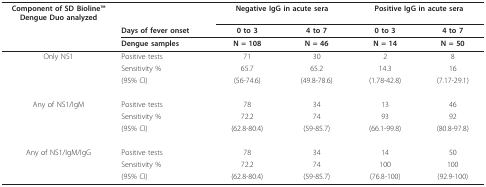
<table><thead><tr><td><b>Component of SD BiolineTM Dengue Duo analyzed</b></td><td></td><td colspan="2"><b>Negative IgG in acute sera</b></td><td colspan="2"><b>Positive IgG in acute sera</b></td></tr><tr><td></td><td><b>Days of fever onset</b></td><td><b>0 to 3</b></td><td><b>4 to 7</b></td><td><b>0 to 3</b></td><td><b>4 to 7</b></td></tr><tr><td></td><td><b>Dengue samples</b></td><td><b>N = 108</b></td><td><b>N = 46</b></td><td><b>N = 14</b></td><td><b>N = 50</b></td></tr></thead><tbody><tr><td>Only NS1</td><td>Positive tests</td><td>71</td><td>30</td><td>2</td><td>8</td></tr><tr><td></td><td>Sensitivity %</td><td>65.7</td><td>65.2</td><td>14.3</td><td>16</td></tr><tr><td></td><td>(95% CI)</td><td>(56-74.6)</td><td>(49.8-78.6)</td><td>(1.78-42.8)</td><td>(7.17-29.1)</td></tr><tr><td>Any of NS1/IgM</td><td>Positive tests</td><td>78</td><td>34</td><td>13</td><td>46</td></tr><tr><td></td><td>Sensitivity %</td><td>72.2</td><td>74</td><td>93</td><td>92</td></tr><tr><td></td><td>(95% CI)</td><td>(62.8-80.4)</td><td>(59-85.7)</td><td>(66.1-99.8)</td><td>(80.8-97.8)</td></tr><tr><td>Any of NS1/IgM/IgG</td><td>Positive tests</td><td>78</td><td>34</td><td>14</td><td>50</td></tr><tr><td></td><td>Sensitivity %</td><td>72.2</td><td>74</td><td>100</td><td>100</td></tr><tr><td></td><td>(95% CI)</td><td>(62.8-80.4)</td><td>(59-85.7)</td><td>(76.8-100)</td><td>(92.9-100)</td></tr></tbody></table>